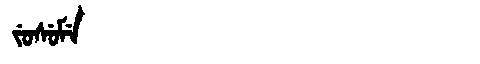
Manchu: ᠵᡠᠰᡠᠮᡝ
Romanization: JUSUME